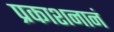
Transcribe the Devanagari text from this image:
प्रकाशनानं